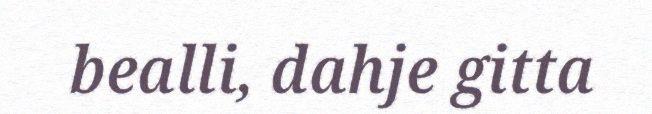
bealli, dahje gitta